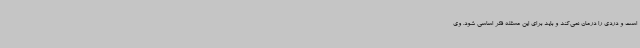
است و دردی را درمان نمی‌کند و باید برای این مسئله فکر اساسی شود. وی